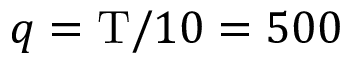
q = \mathrm { T } / 1 0 = 5 0 0